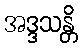
အဒ္ဒသန္တိ